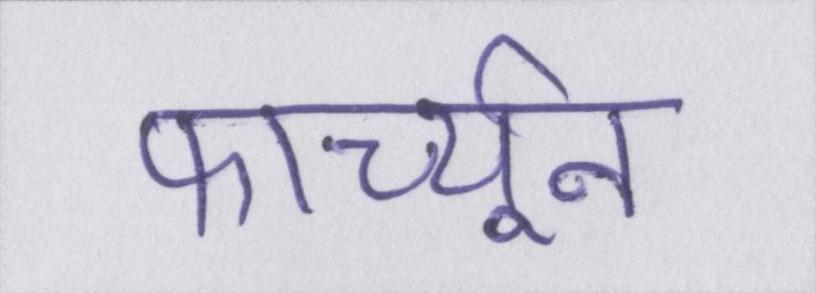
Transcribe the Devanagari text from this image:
फार्च्यून